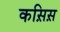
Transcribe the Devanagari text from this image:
कस़िस़